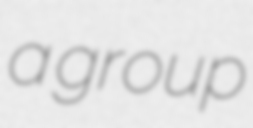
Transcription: a group